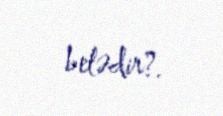
belədir?.